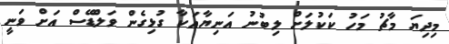
މިދިޔަ މާޗު މަހު ކަކުލަށް ލިބުނު އަނިޔާއަކާ ގުޅިގެން ވަލްޑޭސް އަށް ވަނީ